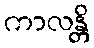
ကာလန္တိ